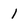
Character: 1